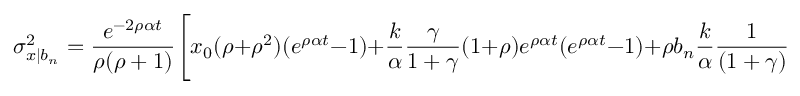
\sigma _ { x | b _ { n } } ^ { 2 } = \frac { e ^ { - 2 \rho \alpha t } } { \rho ( \rho + 1 ) } \Bigg [ x _ { 0 } ( \rho + \rho ^ { 2 } ) ( e ^ { \rho \alpha t } - 1 ) + \frac { k } { \alpha } \frac { \gamma } { 1 + \gamma } ( 1 + \rho ) e ^ { \rho \alpha t } ( e ^ { \rho \alpha t } - 1 ) + \rho b _ { n } \frac { k } { \alpha } \frac { 1 } { ( 1 + \gamma ) } e ^ { \rho \alpha t } ( e ^ { ( \rho + 1 ) \alpha t } - 1 ) \Bigg ] .